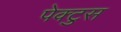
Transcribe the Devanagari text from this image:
पेक्टुस